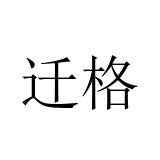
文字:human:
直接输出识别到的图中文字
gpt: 迁格